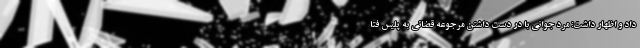
داد و اظهار داشت: مرد جوانی با در دست داشتن مرجوعه قضائی به پلیس فتا